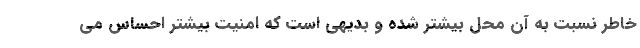
خاطر نسبت به آن محل بیشتر شده و بدیهی است که امنیت بیشتر احساس می